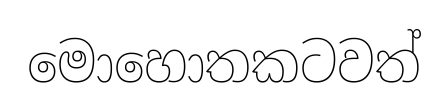
මොහොතකටවත්